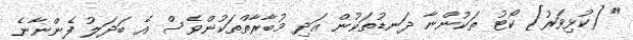
" [ކުޅިވަރު] ކޯޓު ތަކުންނާ ދަނޑުތަކުން އަދި މުބާރާތްތަކުންވެސް އެ ބަދަލު ފެންނާނެ